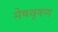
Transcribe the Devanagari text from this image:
मेषवृषण